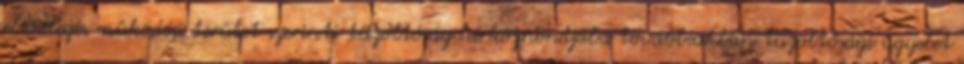
elsõdleges mûködési terület szerinti tûzoltóság hírközpontjába továbbiakban tûzoltósági ügyelet